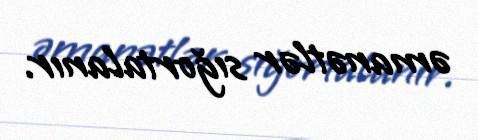
əmanətlər sığortalanır.